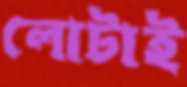
লোটাই